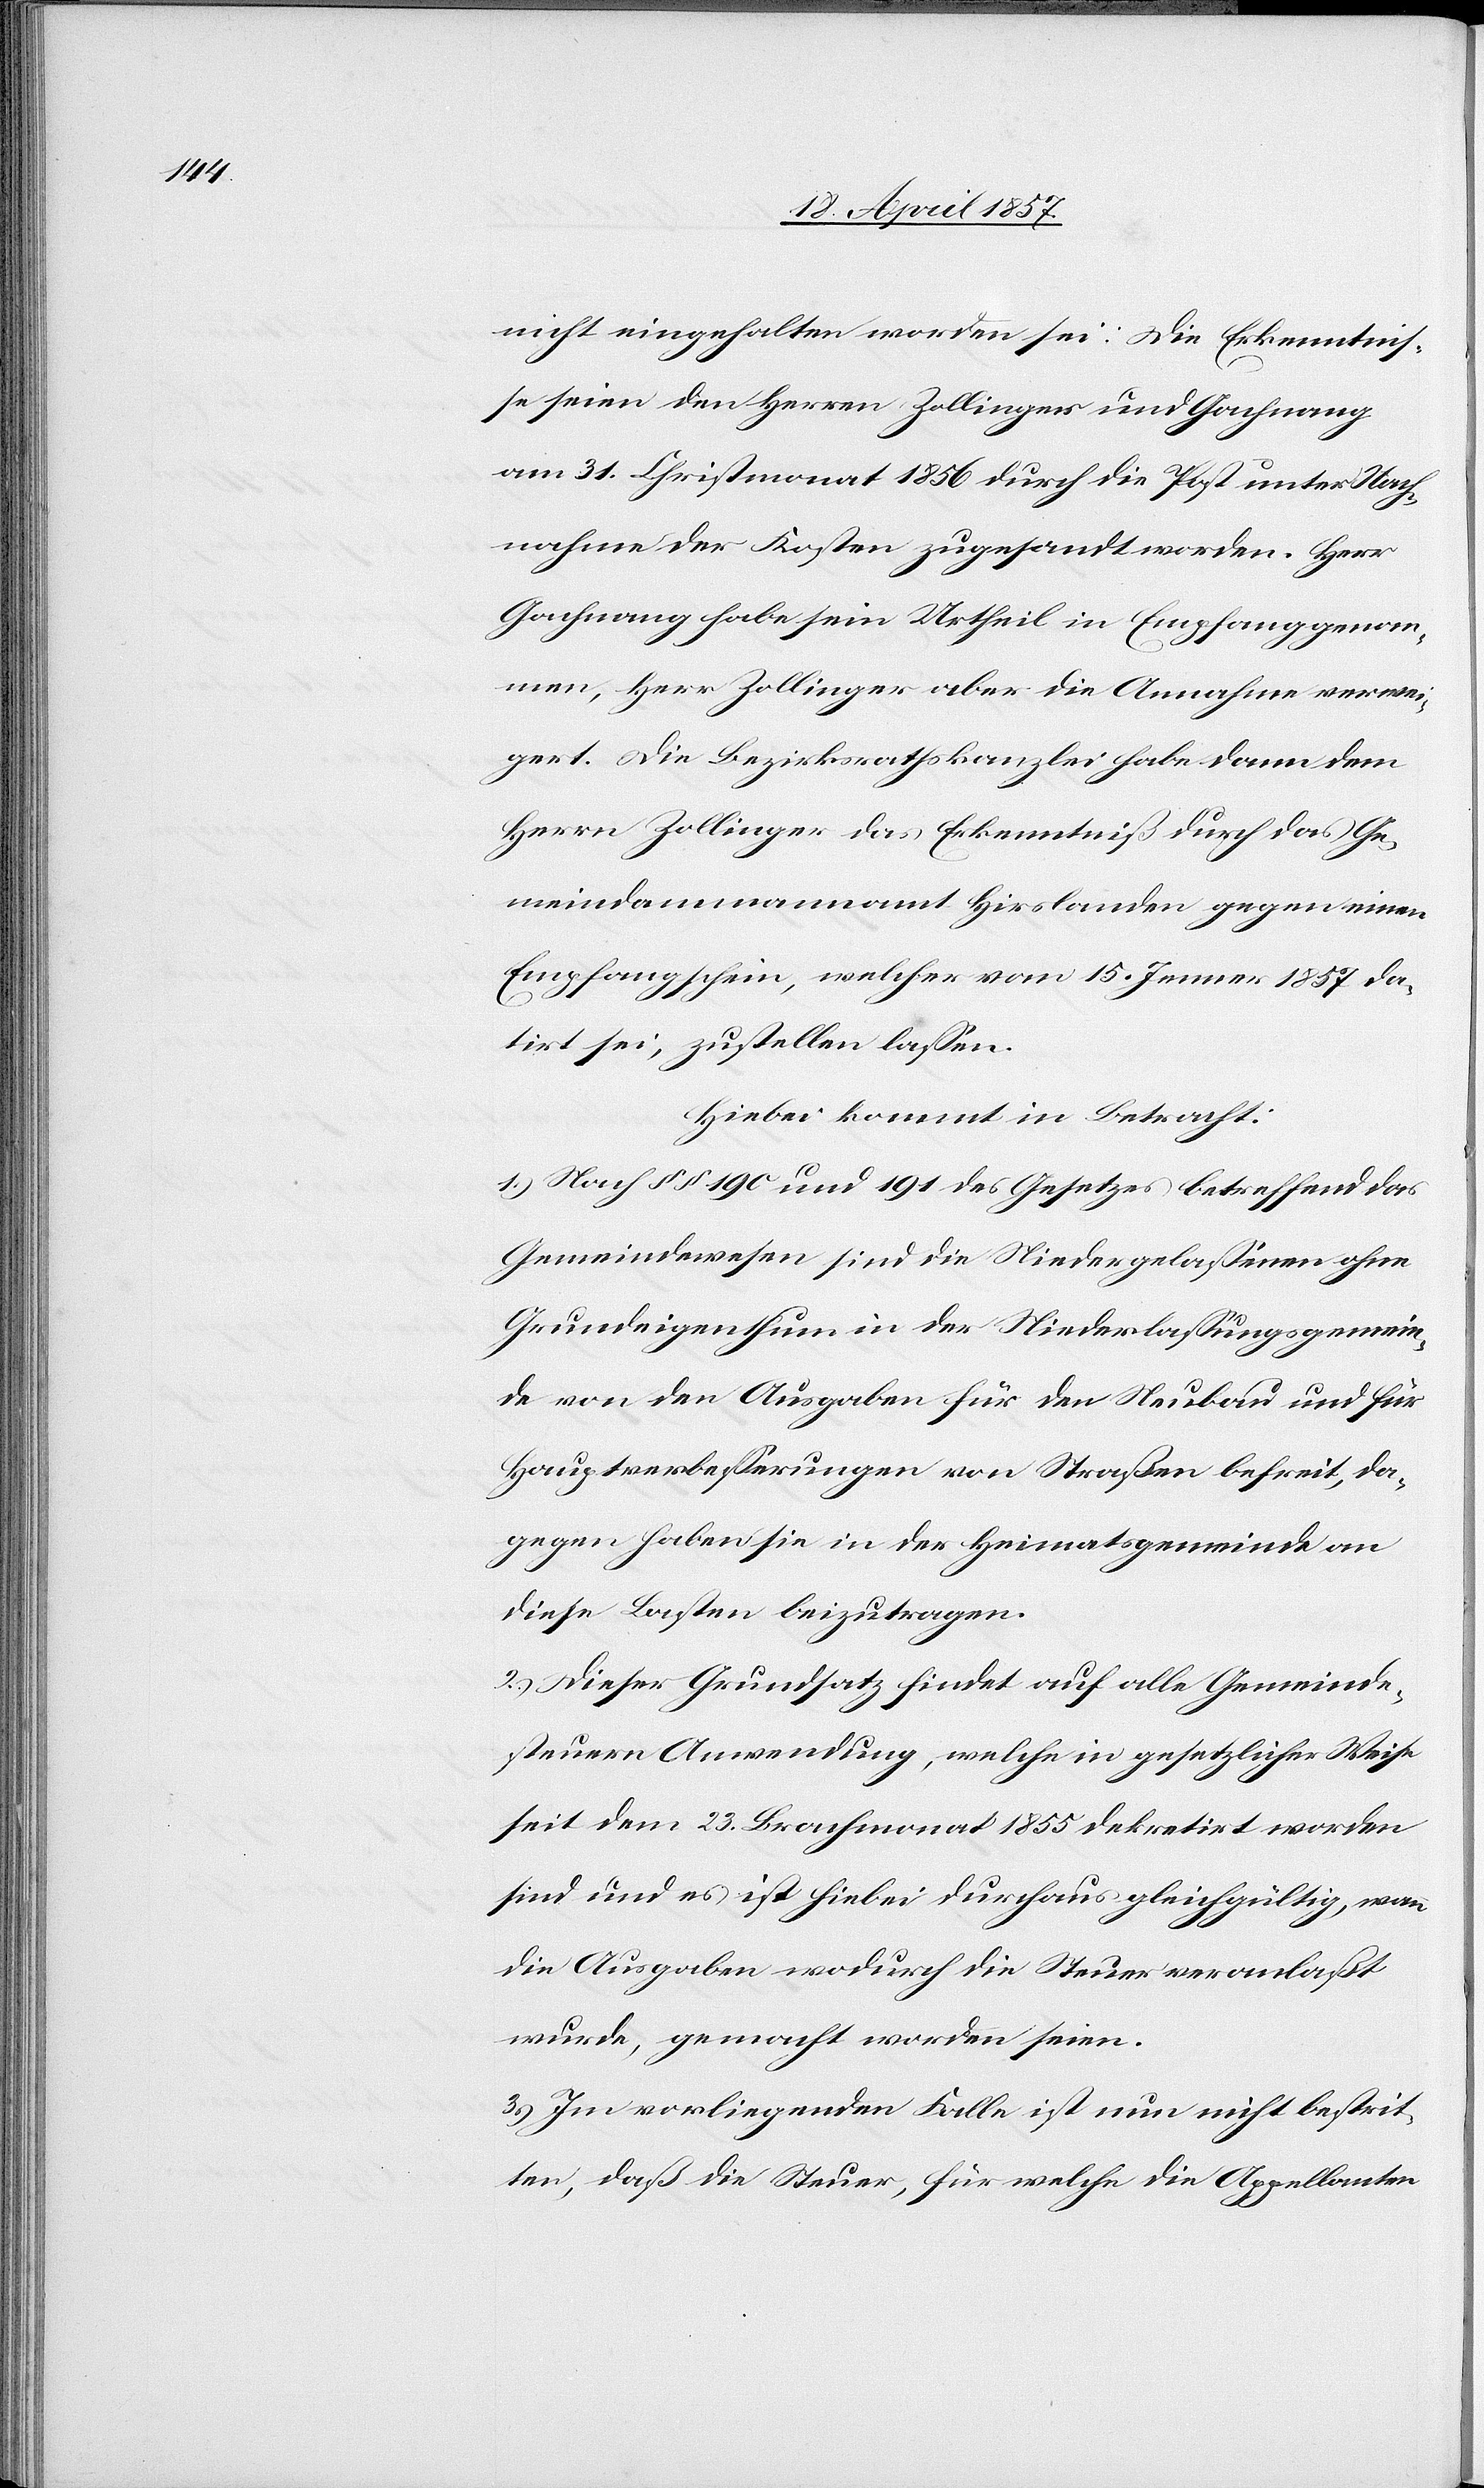
nicht eingehalten worden sei: Die Erkenntnis¬
se seien den Herren Zollinger und Gachnang
am 31. Christmonat 1856 durch die Post unter Nach¬
nahme der Kosten zugesandt worden. Herr
Gachnang habe sein Urtheil in Empfang genom¬
men, Herr Zollinger aber die Annahme verwe¬
igert. Die Bezirksrathskanzlei habe dann dem
Herrn Zollinger das Erkenntniß durch das Ge¬
meindammannamt Hirslanden gegen einen
Empfangschein, welcher vom 15. Jenner 1857 da¬
tirt sei, zustellen lassen.
Hiebei kommt in Betracht:
1.) Nach § § 190 und 191 des Gesetzes betreffend das
Gemeindewesen sind die Niedergelassenen ohne
Grundeigenthum in der Niederlassungsgemein¬
de von den Ausgaben für den Neubau und für
Hauptverbesserungen von Straßen befreit, da¬
gegen haben sie in der Heimatsgemeinde an
diese Lasten beizutragen.
2.) Dieser Grundsatz findet auf alle Gemeinde¬
steuern Anwendung, welche in gesetzlicher Weise
seit dem 23. Brachmonat 1855 dekretirt worden
sind und es ist hiebei durchaus gleichgültig, wann
die Ausgaben wodurch die Steuer veranlaßt
wurde, gemacht worden seien.
3.) Im vorliegenden Falle ist nun nicht bestrit¬
ten, daß die Steuer, für welche die Appellanten